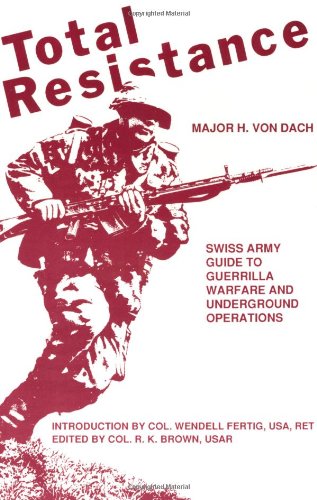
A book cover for Total Resistance; H. Von Dach; History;